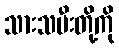
သားသမီးတို့ကို